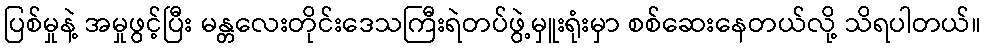
ပြစ်မှုနဲ့ အမှုဖွင့်ပြီး မန္တလေးတိုင်းဒေသကြီးရဲတပ်ဖွဲ့မှူးရုံးမှာ စစ်ဆေးနေတယ်လို့ သိရပါတယ်။